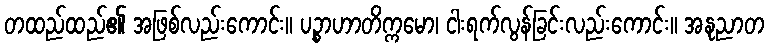
တထည်ထည်၏ အဖြစ်လည်းကောင်း။ ပဉ္စာဟာတိက္ကမော၊ ငါးရက်လွန်ခြင်းလည်းကောင်း။ အနုညာတ